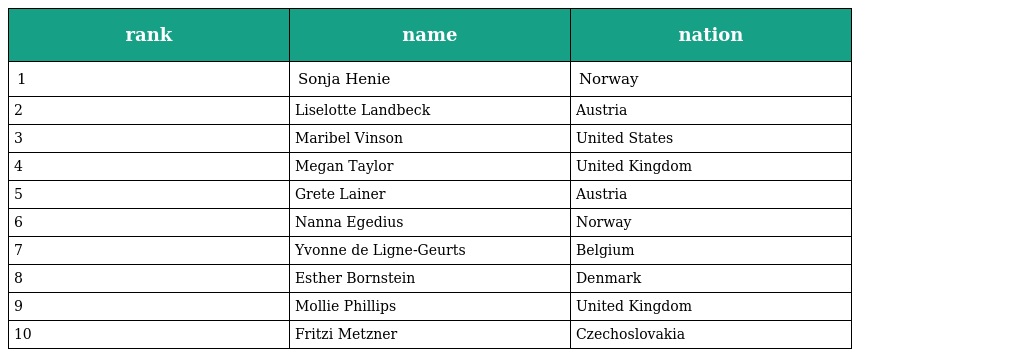
| rank | name | nation |
 | --- | --- | --- |
 | 1 | Sonja Henie | Norway |
 | 2 | Liselotte Landbeck | Austria |
 | 3 | Maribel Vinson | United States |
 | 4 | Megan Taylor | United Kingdom |
 | 5 | Grete Lainer | Austria |
 | 6 | Nanna Egedius | Norway |
 | 7 | Yvonne de Ligne-Geurts | Belgium |
 | 8 | Esther Bornstein | Denmark |
 | 9 | Mollie Phillips | United Kingdom |
 | 10 | Fritzi Metzner | Czechoslovakia |